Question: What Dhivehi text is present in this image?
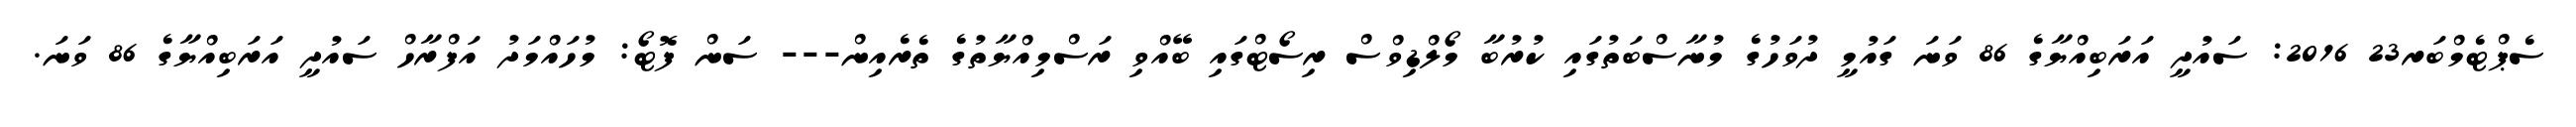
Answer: ސެޕްޓެމްބަރ23 2016: ސައުދީ އަރަބިއްޔާގެ 86 ވަނަ ގައުމީ ދުވަހުގެ މުނާސްބަތުގައި ކުރުބާ މޯލްޑިވްސް ރިސޯޓްގައި ބޭއްވި ރަސްމިއްޔާތުގެ ތެރެއިން--- ސަން ފޮޓޯ: މުހައްމަދު އަފްރާހް ސައުދީ އަރަބިއްޔާގެ 86 ވަނަ.